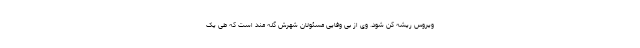
ویروس ریشه کن شود. وی از بی وفایی مسئولان شهرش گله مند است که طی یک